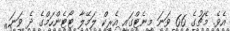
އެވެ. މެޗުގެ 66 ވަނަ މިނެޓްގައި އެރިކް ލަމޭލާ ޓޯޓެންހަމްގެ ދެ ވަނަ